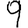
Digit: 9